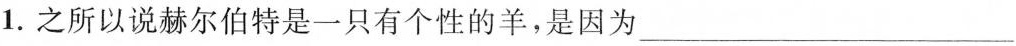
1.之所以说赫尔伯特是一只有个性的羊，是因为___